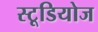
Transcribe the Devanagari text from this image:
स्‍टूडियोज